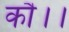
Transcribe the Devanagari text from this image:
कौ।।